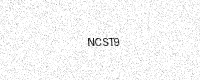
Text: NCST9